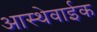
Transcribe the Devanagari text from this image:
आस्थेवाईक